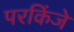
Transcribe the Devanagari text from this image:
परकिंजे